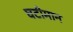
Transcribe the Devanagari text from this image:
घटीमान